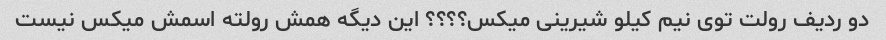
دو ردیف رولت توی نیم کیلو شیرینی میکس؟؟؟؟ این دیگه همش رولته اسمش میکس نیست